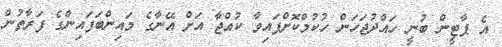
އެ ޕާޓީން ބުނީ ހައްދުޖަހަން ހުކުމްކޮށްފައިވާ ކުއްޖާ އަށް އޭނާގެ މައިންބަފައިންގެ ފަރާތުން